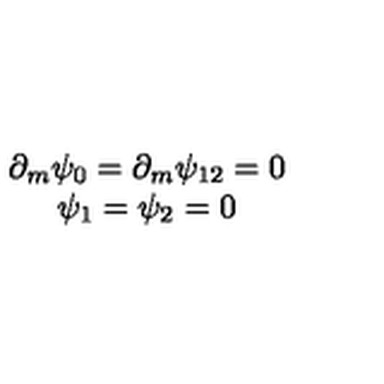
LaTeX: \begin{array} { c } { \partial _ { m } \psi _ { 0 } = \partial _ { m } \psi _ { 1 2 } = 0 } \\ { \psi _ { 1 } = \psi _ { 2 } = 0 } \\ \end{array}